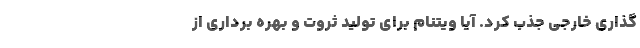
­گذاری خارجی جذب کرد. آیا ویتنام برای تولید ثروت و بهره­ برداری از